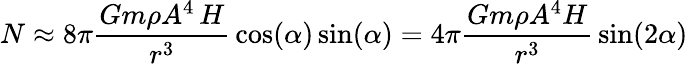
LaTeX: N\approx 8\pi{\frac{Gm\rho A^{4}\, H}{r^{3}}}\cos(\alpha)\sin(\alpha)=4\pi{\frac{Gm\rho A^{4}H}{r^{3}}}\sin(2\alpha)